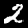
Digit: 2